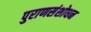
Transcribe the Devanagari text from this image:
पुराणसंशोधन